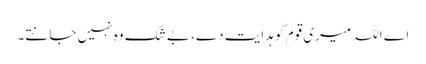
اے اللہ میری قوم کو ہدایت دے، بے شک وہ نہیں جانتے۔